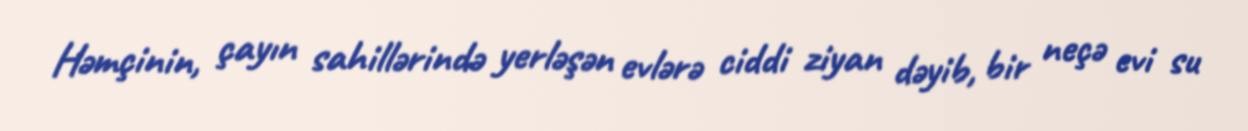
Həmçinin, çayın sahillərində yerləşən evlərə ciddi ziyan dəyib, bir neçə evi su